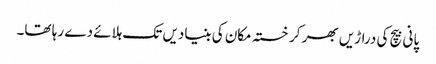
پانی بیچ کی دراڑیں بھر کر خستہ مکان کی بنیادیں تک ہلائے دے رہا تھا۔